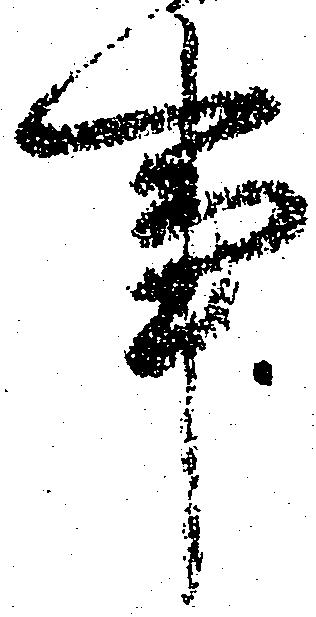
事